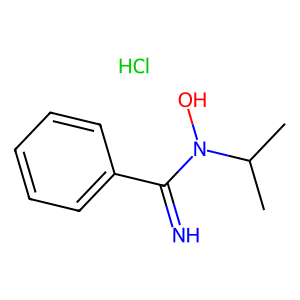
SMILES: CC(C)N(O)C(=N)c1ccccc1.Cl
Inhibits HIV replication: No